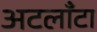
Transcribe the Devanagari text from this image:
अटलाँटा